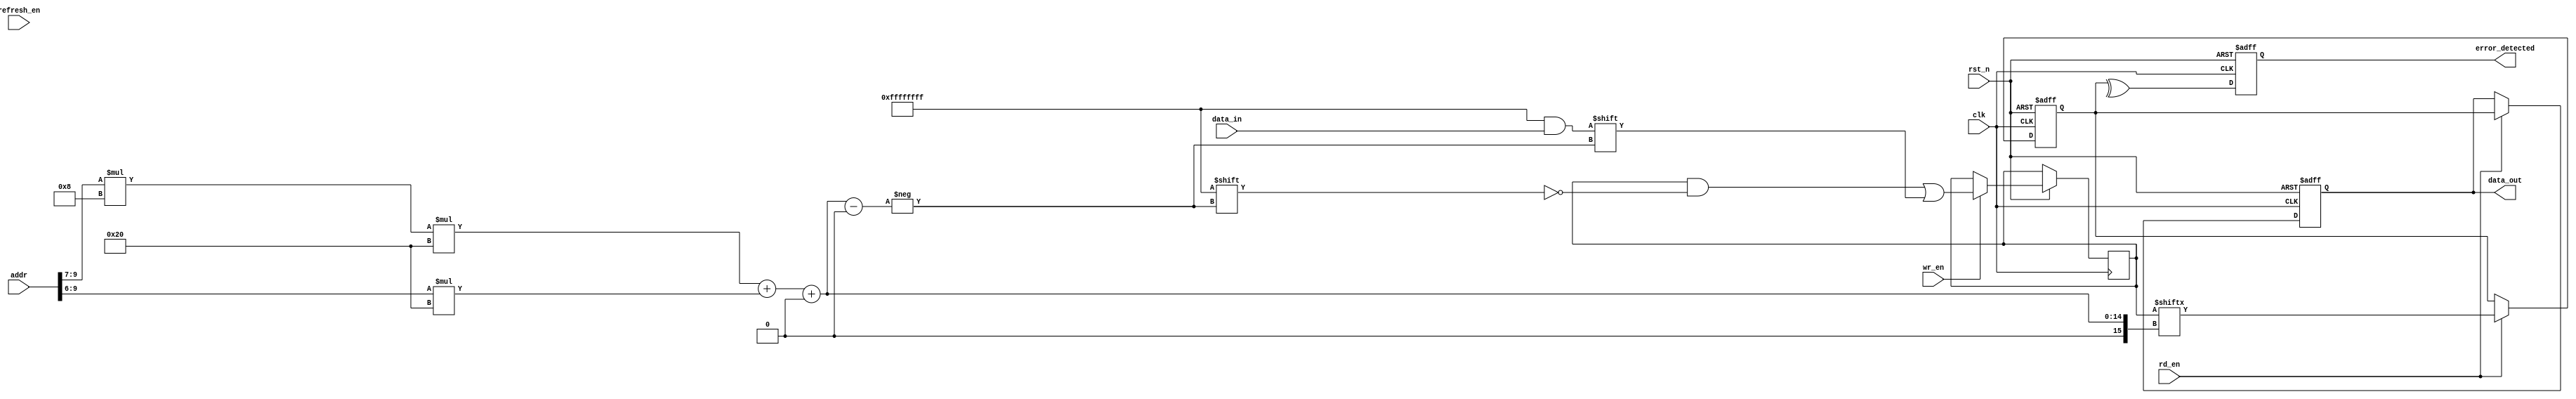
module io_block (
    input clk,                     // System Clock
    input rst_n,                  // Active low reset
    input [31:0] addr,            // Address from memory controller
    input [31:0] data_in,         // Data input from memory controller
    input wr_en,                  // Write enable signal
    input rd_en,                  // Read enable signal
    input refresh_en,             // Refresh signal
    output reg [31:0] data_out,   // Data output to memory controller
    output reg error_detected      // Error detection flag
);

// Parameters for Addressing
parameter NUM_LAYERS = 4;       // Number of memory layers in 3D stack
parameter NUM_BANKS = 8;         // Number of banks per layer
parameter DATA_WIDTH = 32;       // Data width
parameter ADDR_WIDTH = 10;       // Address width (assuming 1024 addresses per bank)

// Internal Signals
reg [DATA_WIDTH-1:0] input_buffer;              // Input buffer
reg [DATA_WIDTH-1:0] output_buffer;             // Output buffer
reg [NUM_LAYERS-1:0] layer_select;              // Layer selection
reg [NUM_BANKS-1:0] bank_select;                // Bank selection
reg [NUM_LAYERS * NUM_BANKS * DATA_WIDTH-1:0] memory; // Memory Storage

// Address Decoder
always @(*) begin
    layer_select = addr[ADDR_WIDTH-1:ADDR_WIDTH-3]; // Select layer from upper bits
    bank_select = addr[ADDR_WIDTH-4:ADDR_WIDTH-1];  // Select bank from lower bits
end

// Control Logic
always @(posedge clk or negedge rst_n) begin
    if (!rst_n) begin
        input_buffer <= 0;
        output_buffer <= 0;
        data_out <= 0;
        error_detected <= 0;
    end else begin
        // Refresh Logic (simple)
        if (refresh_en) begin
            // Refresh operation here (e.g., reset memory bits)
        end

        // Write Operation
        if (wr_en) begin
            memory[layer_select * NUM_BANKS * DATA_WIDTH + bank_select * DATA_WIDTH +: DATA_WIDTH] <= data_in;
        end

        // Read Operation
        if (rd_en) begin
            output_buffer <= memory[layer_select * NUM_BANKS * DATA_WIDTH + bank_select * DATA_WIDTH +: DATA_WIDTH];
            data_out <= output_buffer;
        end

        // Error Detection (simple parity check example)
        error_detected <= ^output_buffer; // Simple parity check
    end
end

endmodule